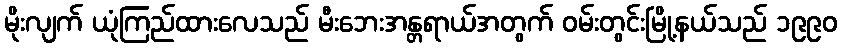
မိုးလျက် ယုံကြည်ထားလေသည် မီးဘေးအန္တရာယ်အတွက် ဝမ်းတွင်းမြို့နယ်သည် ၁၉၉၀